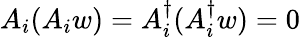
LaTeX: A_{i}(A_{i}w)=A_{i}^{\dagger}(A_{i}^{\dagger}w)=0